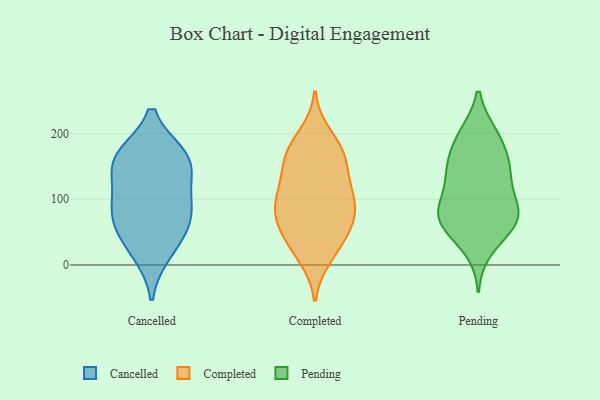
{"axis": {"x": "Website Visitors", "y": "Value"}, "legend": ["Cancelled", "Completed", "Pending"], "data": [{"x": "", "y": 111, "type": "Cancelled"}, {"x": "", "y": 163, "type": "Cancelled"}, {"x": "", "y": 81, "type": "Cancelled"}, {"x": "", "y": 69, "type": "Cancelled"}, {"x": "", "y": 83, "type": "Cancelled"}, {"x": "", "y": 147, "type": "Cancelled"}, {"x": "", "y": 165, "type": "Cancelled"}, {"x": "", "y": 164, "type": "Cancelled"}, {"x": "", "y": 19, "type": "Cancelled"}, {"x": "", "y": 40, "type": "Cancelled"}, {"x": "", "y": 12, "type": "Completed"}, {"x": "", "y": 198, "type": "Completed"}, {"x": "", "y": 159, "type": "Completed"}, {"x": "", "y": 174, "type": "Completed"}, {"x": "", "y": 58, "type": "Completed"}, {"x": "", "y": 91, "type": "Completed"}, {"x": "", "y": 75, "type": "Completed"}, {"x": "", "y": 165, "type": "Completed"}, {"x": "", "y": 55, "type": "Completed"}, {"x": "", "y": 180, "type": "Completed"}, {"x": "", "y": 97, "type": "Completed"}, {"x": "", "y": 36, "type": "Completed"}, {"x": "", "y": 61, "type": "Completed"}, {"x": "", "y": 144, "type": "Completed"}, {"x": "", "y": 90, "type": "Completed"}, {"x": "", "y": 108, "type": "Completed"}, {"x": "", "y": 133, "type": "Completed"}, {"x": "", "y": 106, "type": "Completed"}, {"x": "", "y": 19, "type": "Completed"}, {"x": "", "y": 151, "type": "Pending"}, {"x": "", "y": 94, "type": "Pending"}, {"x": "", "y": 70, "type": "Pending"}, {"x": "", "y": 200, "type": "Pending"}, {"x": "", "y": 65, "type": "Pending"}, {"x": "", "y": 88, "type": "Pending"}, {"x": "", "y": 136, "type": "Pending"}, {"x": "", "y": 81, "type": "Pending"}, {"x": "", "y": 159, "type": "Pending"}, {"x": "", "y": 142, "type": "Pending"}, {"x": "", "y": 196, "type": "Pending"}, {"x": "", "y": 124, "type": "Pending"}, {"x": "", "y": 160, "type": "Pending"}, {"x": "", "y": 57, "type": "Pending"}, {"x": "", "y": 70, "type": "Pending"}, {"x": "", "y": 88, "type": "Pending"}, {"x": "", "y": 200, "type": "Pending"}, {"x": "", "y": 50, "type": "Pending"}, {"x": "", "y": 23, "type": "Pending"}]}